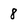
Character: 8